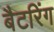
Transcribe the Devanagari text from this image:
बैटरिंग